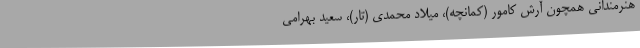
هنرمندانی همچون آرش کامور (کمانچه)، میلاد محمدی (تار)، سعید بهرامی